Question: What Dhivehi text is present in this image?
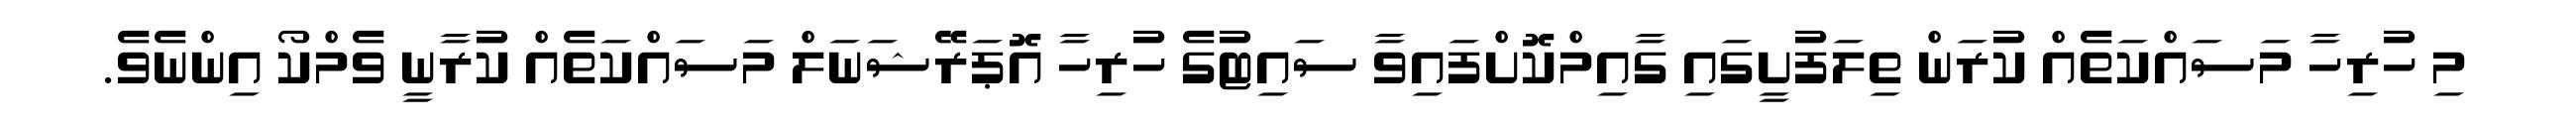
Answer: މި ހުރިހާ މަސައްކަތެއް ކުރަން ތިލަފުށީގައި ގާއިމްކޮށްފައިވާ ސައިޓުގެ ހުރިހާ އޮޕަރޭޝަނަލް މަސައްކަތެއް ކުރާނީ ވެމްކޯ އިންނެވެ.